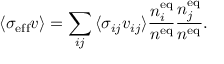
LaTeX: { \langle \sigma _ { \mathrm { e f f } } v \rangle } = \sum _ { i j } { \langle \sigma _ { i j } v _ { i j } \rangle } { \frac { n _ { i } ^ { \mathrm { e q } } } { n ^ { \mathrm { e q } } } } { \frac { n _ { j } ^ { \mathrm { e q } } } { n ^ { \mathrm { e q } } } } .